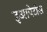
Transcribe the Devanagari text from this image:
इआपेटॉस